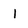
Character: 1